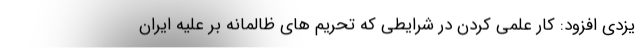
یزدی افزود: کار علمی کردن در شرایطی که تحریم های ظالمانه بر علیه ایران